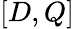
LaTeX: [D,Q]